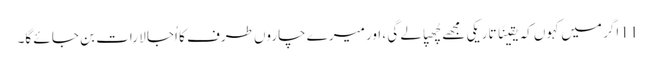
11 اگر میں کہوں کہ یقینًا تاریکی مجھے چُھپا لے گی ، اور میرے چاروں طرف کا اُجا لا رات بن جا ئے گا۔